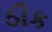
ઠીક